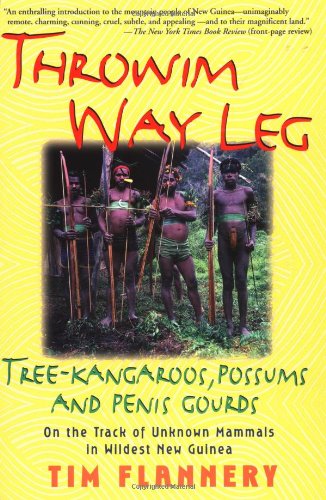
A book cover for Throwim' Way Leg: Tree-Kangaroos, Possums, and Penis Gourds; Tim Flannery; History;